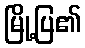
မြို့ပြ၏